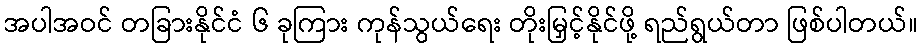
အပါအဝင် တခြားနိုင်ငံ ၆ ခုကြား ကုန်သွယ်ရေး တိုးမြှင့်နိုင်ဖို့ ရည်ရွယ်တာ ဖြစ်ပါတယ်။